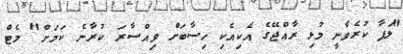
"ލަފާ ކުރެވެނީ މުޅި ރާއްޖޭގެ އެކިއެކި ހިސާބަށް ވިއްސާރަ ކުރާނެ ކަމަށް" މެޓް